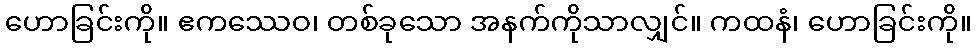
ဟောခြင်းကို။ ဧကဿေဝ၊ တစ်ခုသော အနက်ကိုသာလျှင်။ ကထနံ၊ ဟောခြင်းကို။